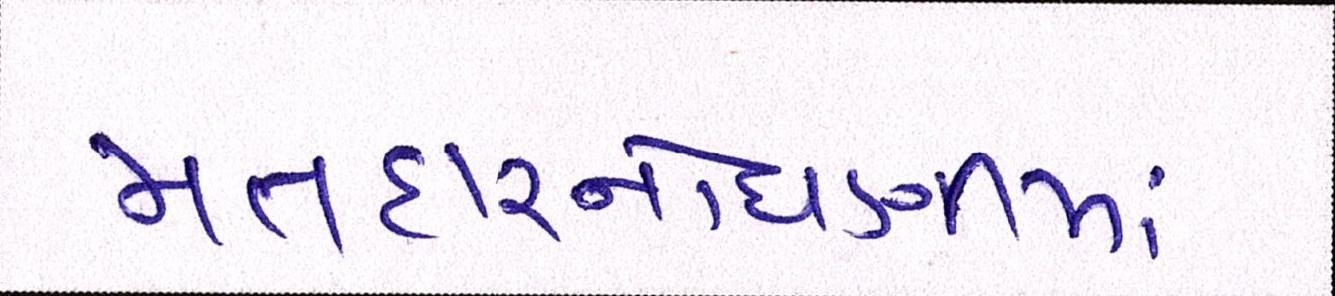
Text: મતદારનોંધણીમાં